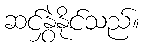
ဆင်နွှဲနိုင်သည်။